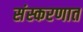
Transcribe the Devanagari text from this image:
संस्करणात